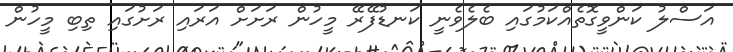
އަސްލު ކަންވީގޮތެއްކަމުގައި ބެލެވެނީ ކަނޑުފޭރޭ މީހުން ރަށަށް އަރައި ރަށުގައި ތިބި މީހުން